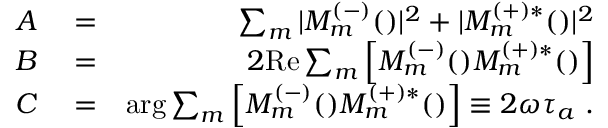
\begin{array} { r l r } { A } & { { } = } & { \sum _ { m } | { \cal M } _ { m } ^ { ( - ) } ( \k ) | ^ { 2 } + | { \cal M } _ { m } ^ { ( + ) * } ( \k ) | ^ { 2 } } \\ { B } & { { } = } & { 2 \mathrm { R e } \sum _ { m } \left[ { \cal M } _ { m } ^ { ( - ) } ( \k ) { \cal M } _ { m } ^ { ( + ) * } ( \k ) \right] } \\ { C } & { { } = } & { \arg \sum _ { m } \left[ { \cal M } _ { m } ^ { ( \mathrm { - ) } } ( \k ) { \cal M } _ { m } ^ { ( \mathrm { + ) * } } ( \k ) \right] \equiv 2 \omega \tau _ { a } \ . } \end{array}